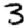
Digit: 3